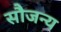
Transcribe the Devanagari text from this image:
सौजन्‍य